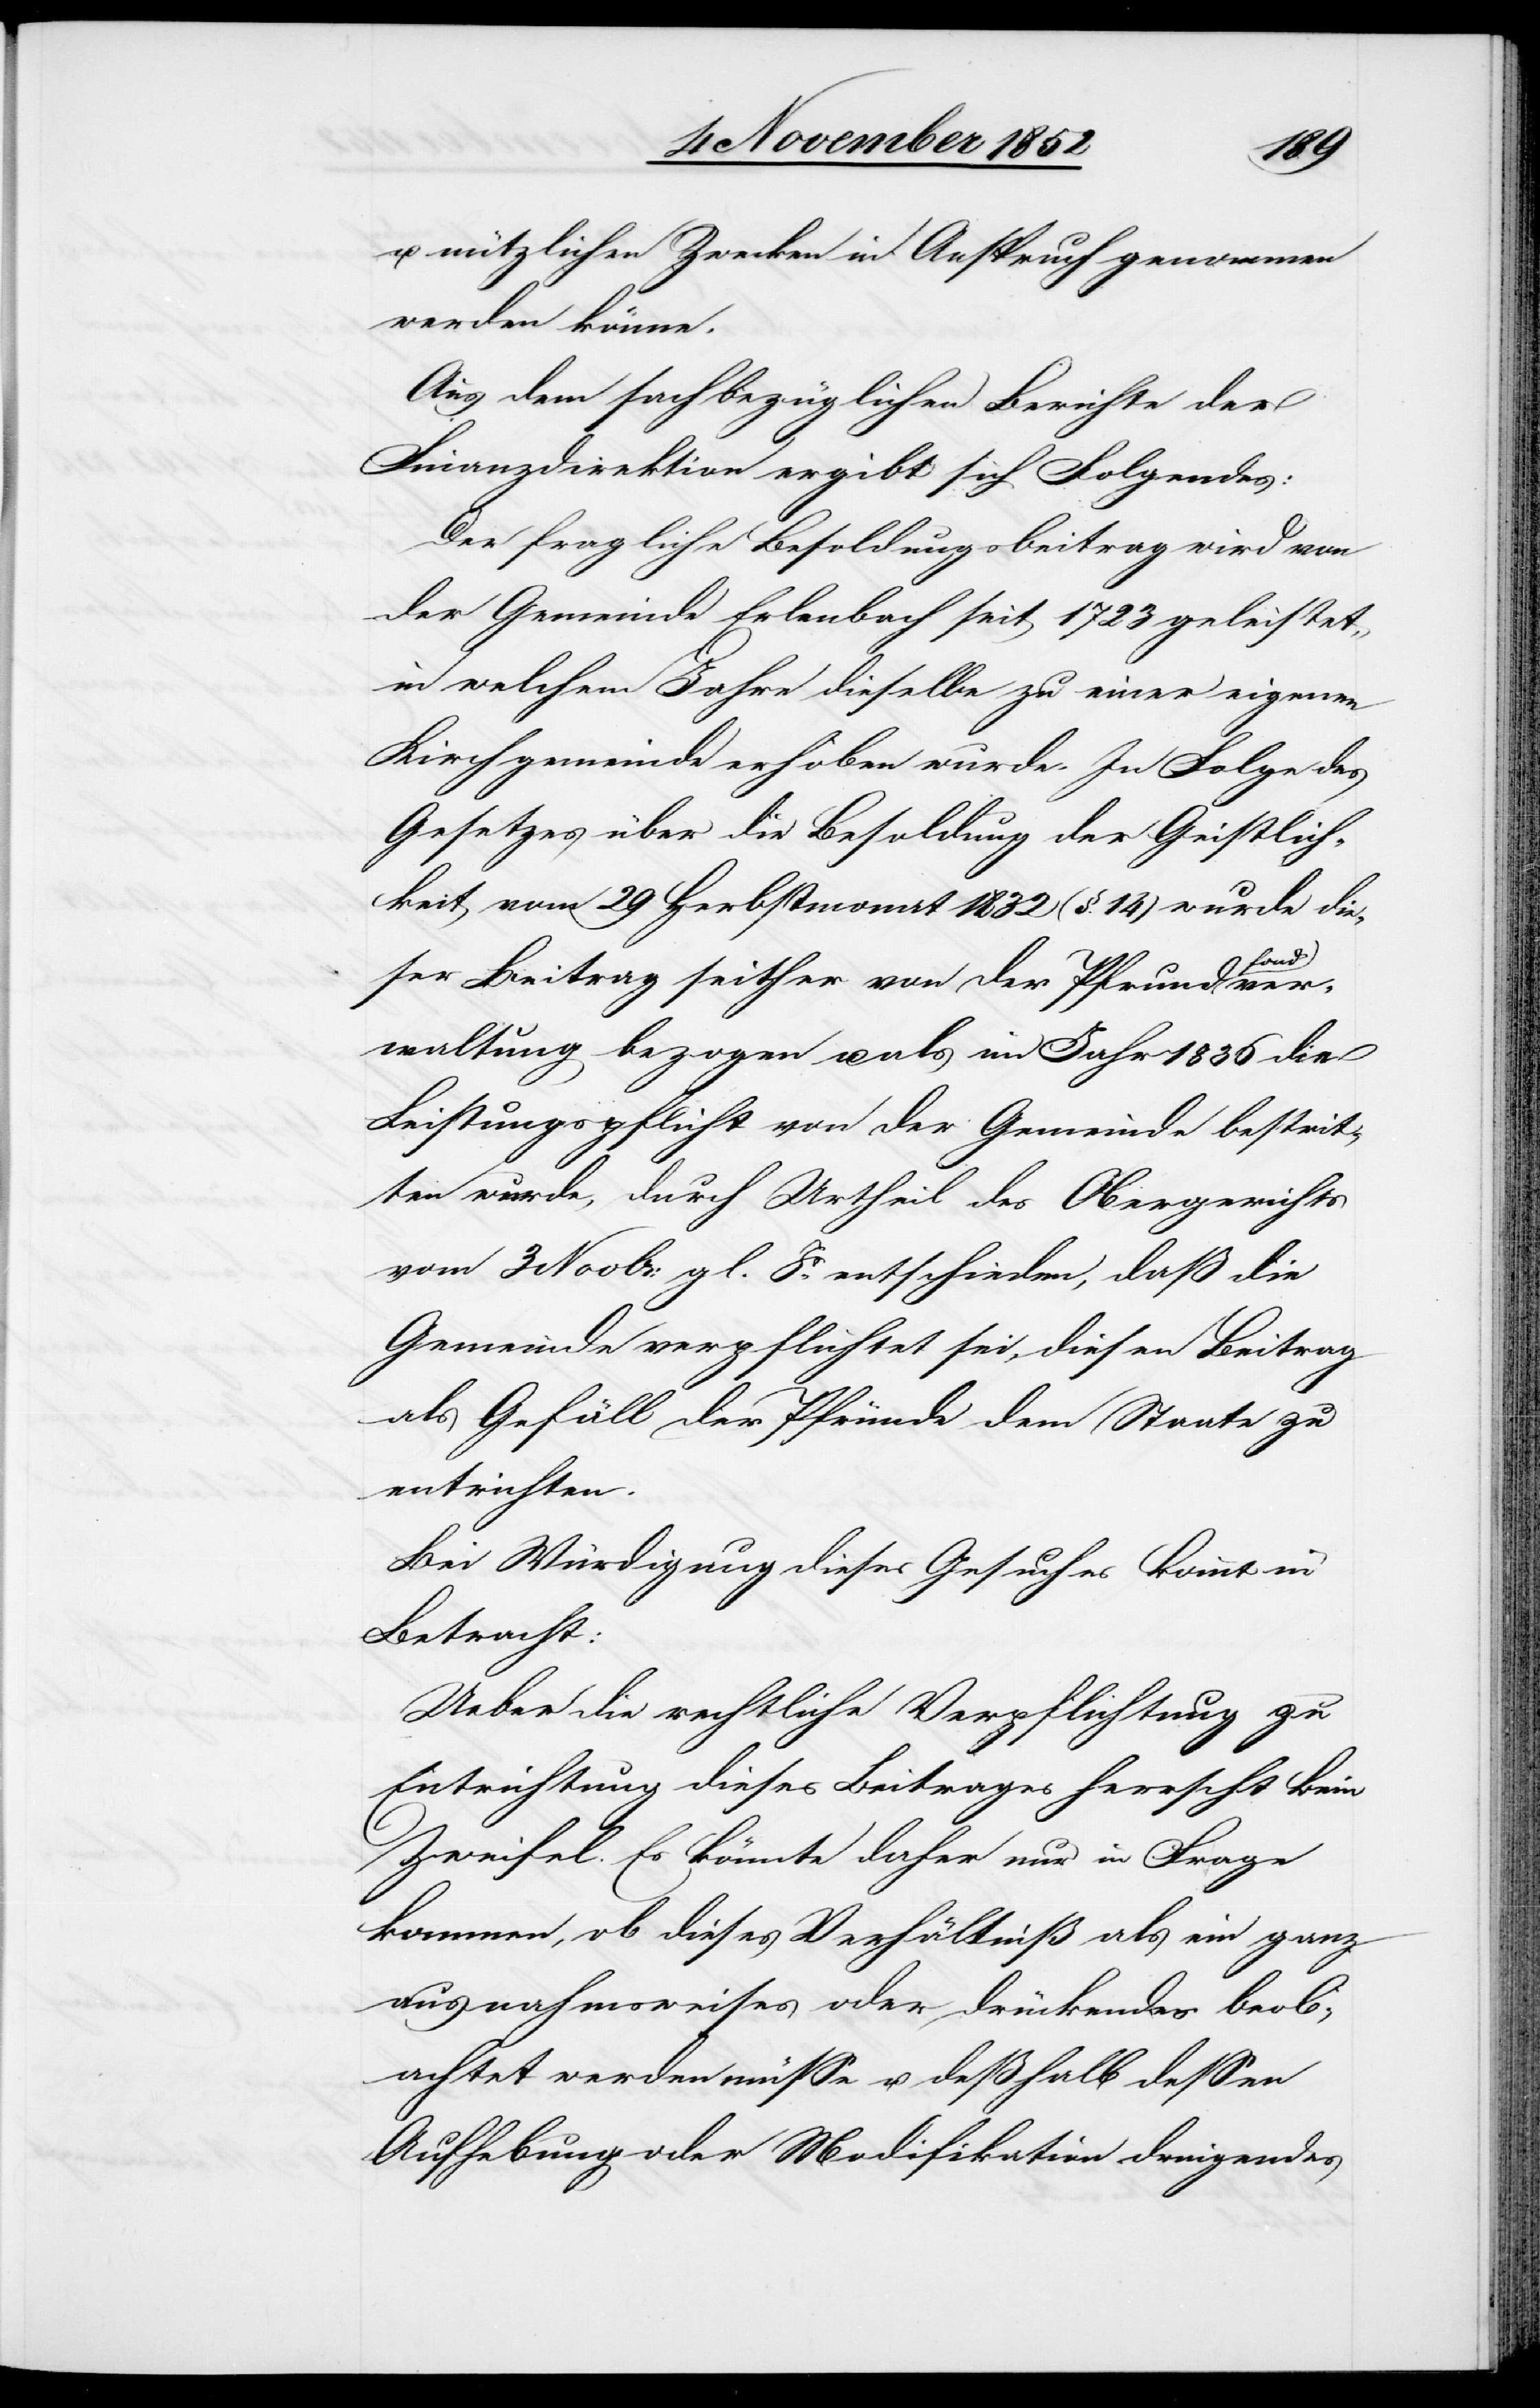
u. nützlichen Zwecken in Anspruch genommen
werden könne.
Aus dem sachbezüglichen Berichte der
Finanzdirektion ergibt sich Folgendes:
Der fragliche Besoldungsbeitrag wird von
der Gemeinde Erlenbach seit 1723 geleistet,
in welchem Jahre dieselbe zu einer eigenen
Kirchgemeinde erhoben wurde. In Folge des
Gesetzes über die Besoldung der Geistlich¬
keit vom 29 Herbstmonat 1832 (§. 14) wurde die¬
ser Beitrag seither von der Pfrundfondve¬
rwaltung bezogen u. als im Jahr 1836 die
Leistungspflicht von der Gemeinde bestrit¬
ten wurde, durch Urtheil des Obergerichts
vom 3 Novbr: gl. Js. entschieden, daß die
Gemeinde verpflichtet sei, diesen Beitrag
als Gefäll der Pfründe dem Staate zu
entrichten.
Bei Würdigung dieses Gesuches kommt in
Betracht:
Ueber die rechtliche Verpflichtung zu
Entrichtung dieses Beitrages herrscht kein
Zweifel. Es könnte daher nur in Frage
kommen, ob dieses Verhältniß als ein ganz
ausnahmsweises oder drückendes beob¬
achtet werden müsse u. deßhalb dessen
Aufhebung oder Modifikation dringendes